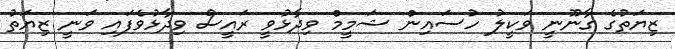
ޒިޔަތުގެ ގާނޫނީ ވަކީލު ހުސައިން ޝަމީމް ވިދާޅުވީ ރައީސް ވިދާޅުވެފައި ވަނީ ޒިޔަތު